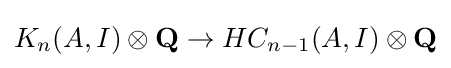
K_{n}(A,I)\otimes \mathbf {Q} \to HC_{n-1}(A,I)\otimes \mathbf {Q}